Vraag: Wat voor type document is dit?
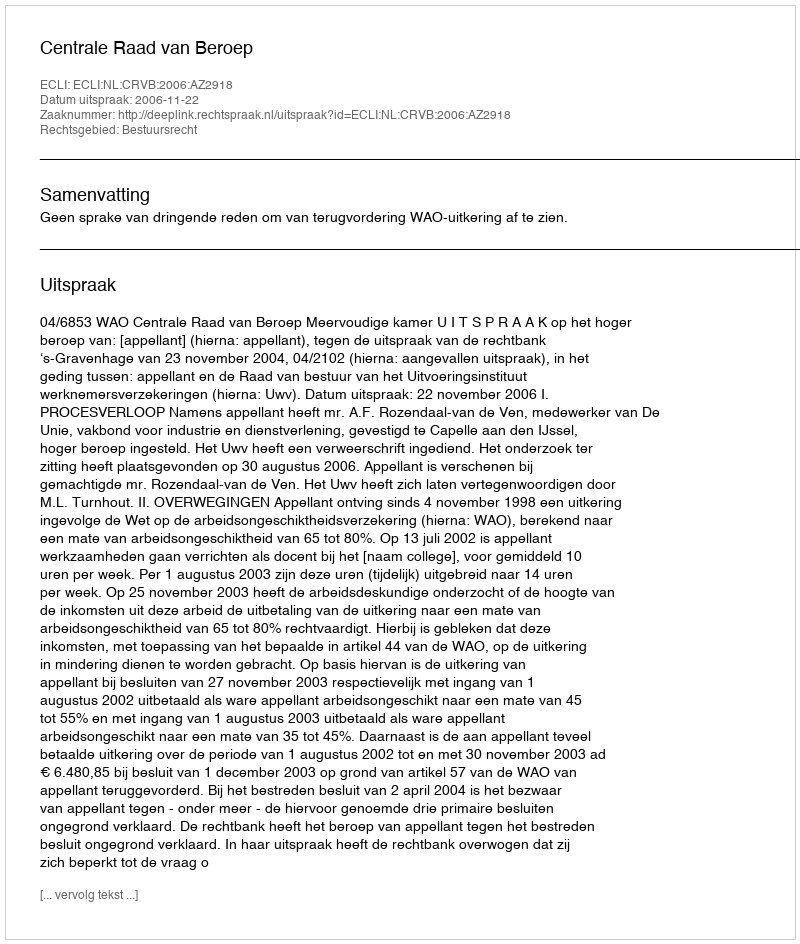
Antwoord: Uitspraak